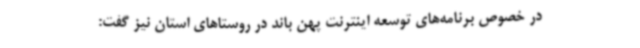
در خصوص برنامه‌های توسعه اینترنت پهن باند در روستاهای استان نیز گفت: